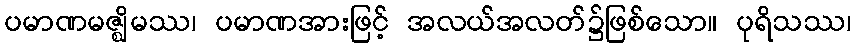
ပမာဏမဇ္ဈိမဿ၊ ပမာဏအားဖြင့် အလယ်အလတ်၌ဖြစ်သော။ ပုရိသဿ၊